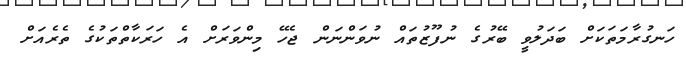
ހަނގުރާމަތަކަށް ބަދަލުވީ ބޭރުގެ ނުފޫޒުތައް ނުވަންނަން ޖެހޭ މިންވަރަށް އެ ހަރަކާތްތަކުގެ ތެރެއަށް